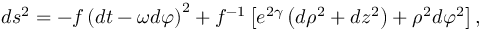
d s ^ { 2 } = - f \left( d t - \omega d \varphi \right) ^ { 2 } + f ^ { - 1 } \left[ e ^ { 2 \gamma } \left( d \rho ^ { 2 } + d z ^ { 2 } \right) + \rho ^ { 2 } d \varphi ^ { 2 } \right] ,